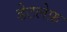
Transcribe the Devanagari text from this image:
डेटलेफ़